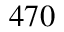
4 7 0